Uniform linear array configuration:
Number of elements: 64
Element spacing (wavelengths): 0.75
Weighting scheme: blackman
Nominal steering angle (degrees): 60
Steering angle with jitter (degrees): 59.266
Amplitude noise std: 0.05
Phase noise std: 0.05

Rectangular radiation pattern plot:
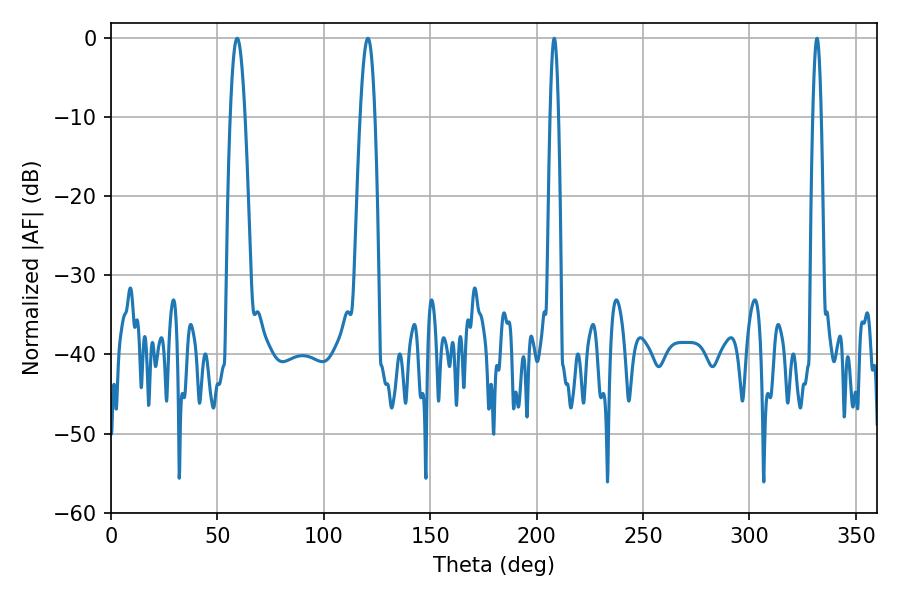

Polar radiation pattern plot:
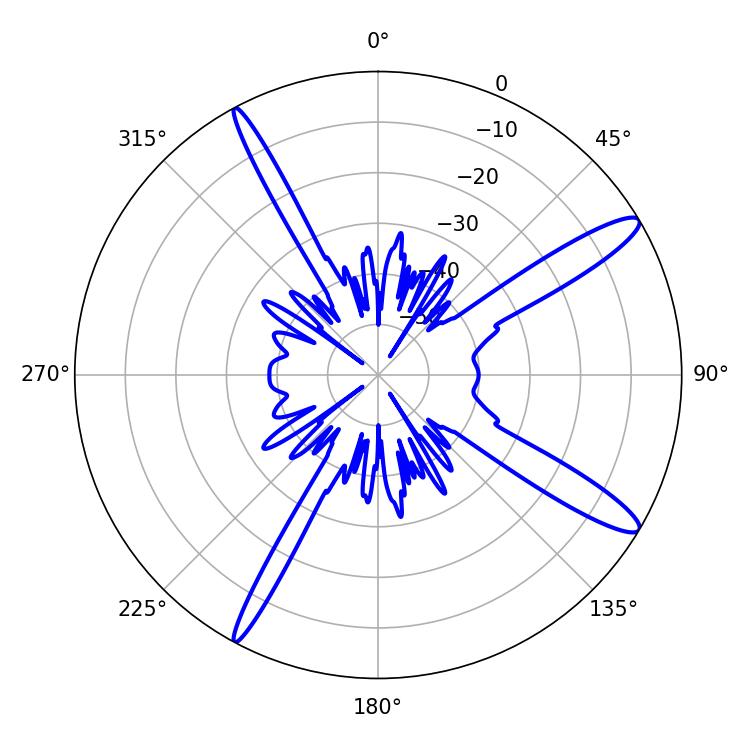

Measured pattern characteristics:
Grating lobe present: TRUE
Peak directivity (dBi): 13.72
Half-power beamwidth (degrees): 2.16
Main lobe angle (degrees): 208.26